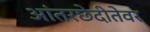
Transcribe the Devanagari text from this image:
आंतरछेदीतेवर